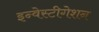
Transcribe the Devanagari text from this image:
इन्वेस्टीगेशन